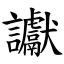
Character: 讞